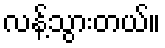
လန့်သွားတယ်။